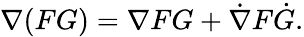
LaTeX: \nabla(FG)=\nabla FG+{\dot{\nabla}}F{\dot{G}}.